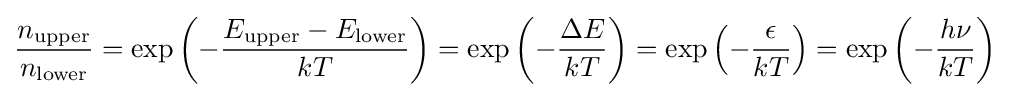
{\frac {n_{\text{upper}}}{n_{\text{lower}}}}=\exp {\left(-{\frac {E_{\text{upper}}-E_{\text{lower}}}{kT}}\right)}=\exp {\left(-{\frac {\Delta E}{kT}}\right)}=\exp {\left(-{\frac {\epsilon }{kT}}\right)}=\exp {\left(-{\frac {h\nu }{kT}}\right)}